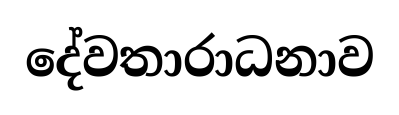
දේවතාරාධනාව